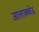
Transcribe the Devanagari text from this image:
आलाक्कोड